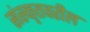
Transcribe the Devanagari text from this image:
संस्कृतवरील